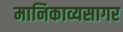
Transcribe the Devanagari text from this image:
मानिकाव्यसागर